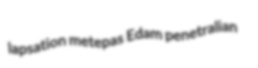
lapsation metepas Edam penetralian